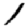
Digit: 1